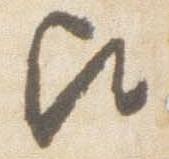
歟